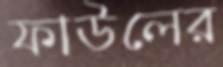
ফাউলের